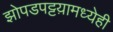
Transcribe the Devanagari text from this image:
झोपडपट्टय़ामध्येही